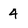
Character: 4